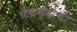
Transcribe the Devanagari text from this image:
चेचन्याचा